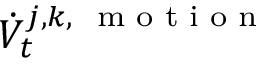
\dot { V } _ { t } ^ { j , k , \mathrm { ~ \scriptsize ~ m ~ o ~ t ~ i ~ o ~ n ~ } }